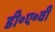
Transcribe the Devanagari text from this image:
डी॰ए॰वी